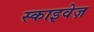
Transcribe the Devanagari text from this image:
स्काइवेज़